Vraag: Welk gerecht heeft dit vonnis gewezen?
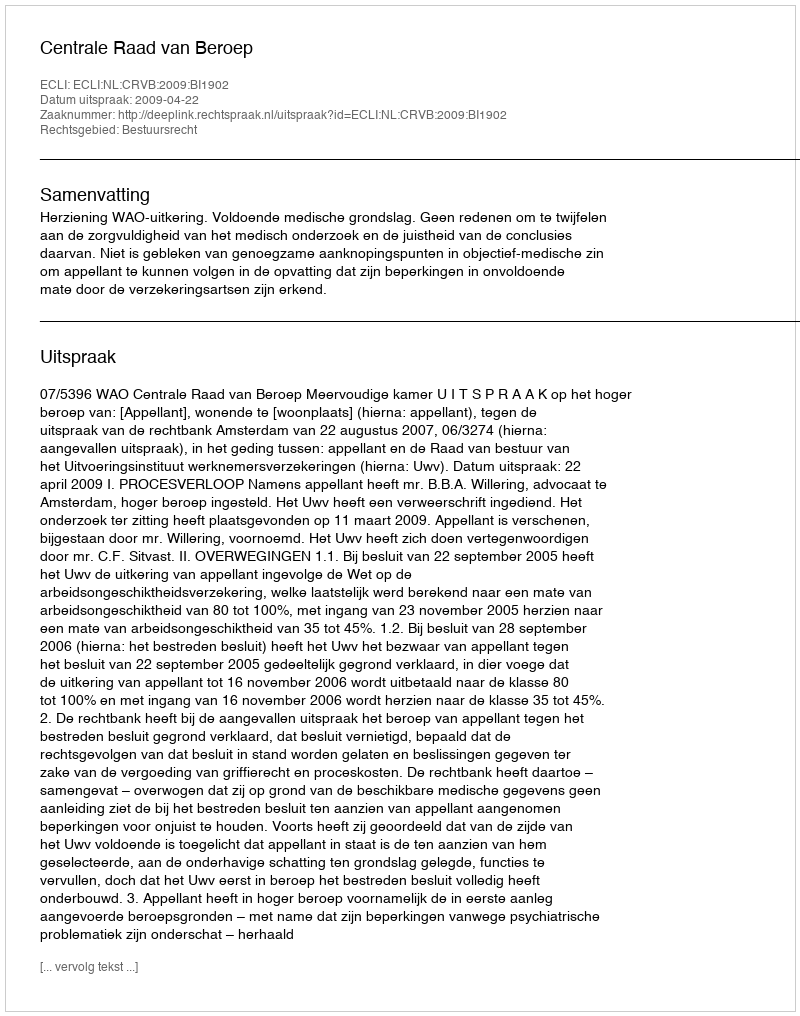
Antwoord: Centrale Raad van Beroep